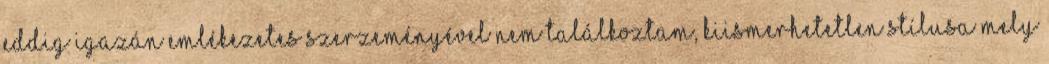
eddig igazán emlékezetes szerzeményével nem találkoztam, kiismerhetetlen stílusa mely